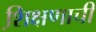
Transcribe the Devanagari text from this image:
शि़क्षणाची